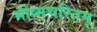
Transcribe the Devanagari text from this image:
भीष्मचरितम्